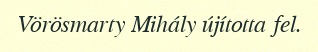
Vörösmarty Mihály újította fel.